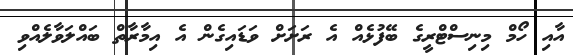
އާއި ހޯމް މިނިސްޓްރީގެ ބޭފުޅެއް އެ ރަށަށް ވަޑައިގެން އެ އިމާރާތް ބައްލަވާލެއްވި